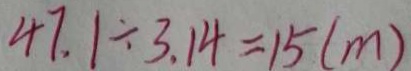
4 7 . 1 \div 3 . 1 4 = 1 5 ( m )